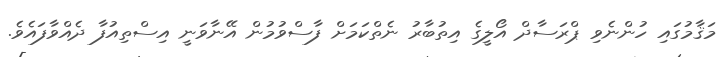
މަޤާމުގައި ހުންނެވި ޕްރަސާދް އޯލީގެ އިތުބާރު ނެތްކަމަށް ފާސްވުމުން އޭނާވަނީ އިސްތިއުފާ ދެއްވާފައެވެ.